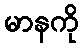
မာနကို